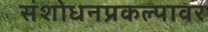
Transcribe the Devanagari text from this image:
संशोधनप्रकल्पावर